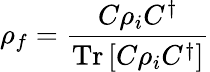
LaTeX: \rho_{f}={\frac{C\rho_{i}C^{\dagger}}{{\mathrm{Tr}}\left[C\rho_{i}C^{\dagger}\right]}}